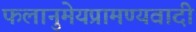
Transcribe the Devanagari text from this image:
फलानुमेयप्रामण्यवादी